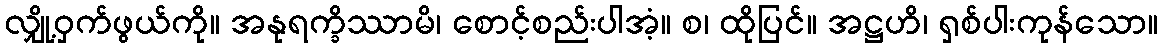
လျှို့ဝှက်ဖွယ်ကို။ အနုရက္ခိဿာမိ၊ စောင့်စည်းပါအံ့။ စ၊ ထိုပြင်။ အဋ္ဌဟိ၊ ရှစ်ပါးကုန်သော။